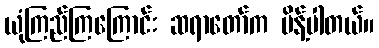
ယုံကြည်ကြကြောင်း ဆရာတော်က မိန့်ပါတယ်။